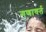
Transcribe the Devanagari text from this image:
गणावर्त